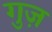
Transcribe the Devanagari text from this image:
गुज़